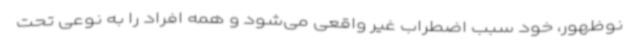
نوظهور، خود سبب اضطراب غیر واقعی می‌شود و همه افراد را به نوعی تحت